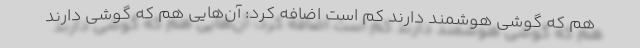
هم که گوشی هوشمند دارند کم است اضافه کرد: آن‌هایی هم که گوشی دارند